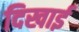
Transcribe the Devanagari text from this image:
दिखार्इ